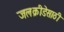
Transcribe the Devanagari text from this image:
जलक्रीडेसाठी